Report on the bubonic plague in Bombay, 1896-1897
Year: 1896
Disease focus: Plague
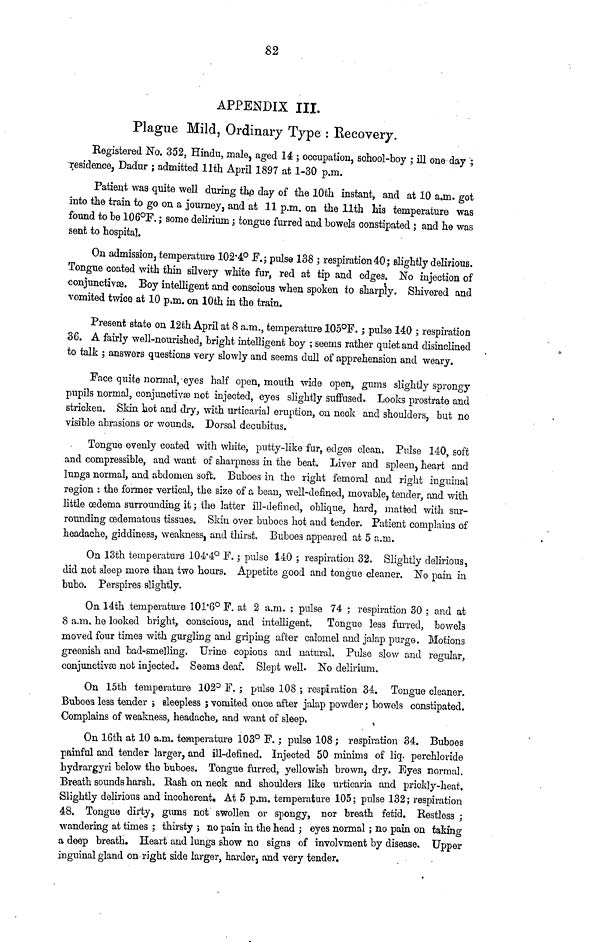
82
APPENDIX III.
Plague Mild, Ordinary Type : Recovery.
Registered No. 352, Hindu, male, aged 14 ; occupation, school-boy ; ill one day ;
residence, Dadur ; admitted 11th April 1897 at 1-30 p.m.
Patient was quite well during the day of the 10th instant, and at 10 a.m. got
into the train to go on a journey, and at 11 p.m. on the 11th his temperature was
found to be 106°F. ; some delirium ; tongue furred and bowels constipated ; and he was
sent to hospital.
On admission, temperature 102.4° F.; pulse 138 ; respiration40; slightly delirious.
Tongue coated with thin silvery white fur, red at tip and edges. No injection of
conjunctives. Boy intelligent and conscious when spoken to sharply. Shivered and
vomited twice at 10 p.m. on 10th in the train.
Present state on 12th April at 8 a.m., temperature 105°F. ; pulse 140 ; respiration
36. A fairly well-nourished, bright intelligent boy ; seems rather quiet and disinclined
to talk ; answers questions very slowly and seems dull of apprehension and weary.
Face quite normal, eyes half open, mouth wide open, gums slightly sprongy
pupils normal, conjunctivæ not injected, eyes slightly suffused. Looks prostrate and
stricken. Skin hot and dry, with urticarial eruption, on neck and shoulders, but no
visible abrasions or wounds. Dorsal decubitus.
Tongue evenly coated with white, putty-like fur, edges clean. Pulse 140, soft
and compressible, and want of sharpness in the beat. Liver and spleen, heart and
lungs normal, and abdomen soft. Buboes in the right femoral and right inguinal
region : the former vertical, the size of a bean, well-defined, movable, tender, and with
little œdema surrounding it ; the latter ill-defined, oblique, hard, matted with sur-
rounding œdematous tissues. Skin over buboes hot and tender. Patient complains of
headache, giddiness, weaknessj and thirst. Buboes appeared at 5 a.m.
On 13th temperature 104.4° F.; pulse 140, respiration 32. Slightly delirious,
did not sleep more than two hours. Appetite good and tongue cleaner. No pain in
bubo. Perspires slightly.
On 14th temperature 101.6 0 F. at 2 a.m. ; pulse 74 ; respiration 30 ; and at
8 a.m. he looked bright, conscious, and intelligent. Tongue less furred, bowels
moved four times with gurgling and griping after calomel and jalap purge. Motions
greenish and bad-smelling. Urine copious and natural. Pulse slow and regular,
conjunctive not injected. Seams deaf. Slept well. No delirium.
On 15th temperature 102° F. ; pulse 108 ; respiration 34. Tongue cleaner.
Buboes less tender ; sleepless ; vomited once after jalap powder; bowels constipated.
Complains of weakness, headache, and want of sleep.
On 16th at 10 a.m. temperature 103° F.; pulse 108 ; respiration 34. Buboes
painful and tender larger, and ill-defined. Injected 50 minims of liq. perchloride
hydrargyri below the buboes. Tongue furred, yellowish brown, dry. Eyes normal.
Breath sounds harsh. Rash on neck and shoulders like urticaria and prickly-heat.
Slightly delirious and incoherent. At 5 p.m. temperature 105; pulse 132; respiration
48. Tongue dirty, gums not swollen or spongy, nor breath fetid. Restless ;
wandering at times ; thirsty ; no pain in the head; eyes normal ; no pain on taking
a deep breath. Heart and lungs show no signs of involvment by disease. Upper
inguinal gland on right side larger, harder, and very tender.